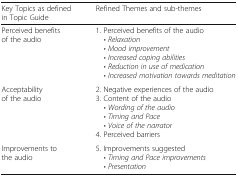
| Key Topics as defined in Topic Guide | Refined Themes and sub-themes |
 | --- | --- |
 | Perceived benefits of the audio | 1. Perceived benefits of the audio • Relaxation • Mood improvement • Increased coping abilities • Reduction in use of medication • Increased motivation towards meditation |
 | Acceptability of the audio | 2. Negative experiences of the audio3. Content of the audio • Wording of the audio • Timing and Pace • Voice of the narrator4. Perceived barriers |
 | Improvements to the audio | 5. Improvements suggested • Timing and Pace improvements • Presentation |